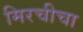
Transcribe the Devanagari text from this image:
मिरचीचा